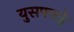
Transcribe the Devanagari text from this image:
युसफ्जई